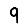
Digit: 9